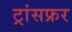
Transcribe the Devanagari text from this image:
ट्रांसफ्रर